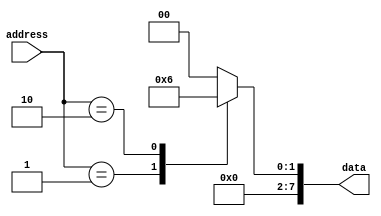
module rom (
    input [31:0] address,
    output reg [7:0] data
);

always @(*) begin
    case(address)
        5'b00000: data = 8'b00000000; //data stored at address 0
        5'b00001: data = 8'b00000001; //data stored at address 1
        5'b00010: data = 8'b00000010; //data stored at address 2
        //Add more cases for additional data entries in the ROM
        default: data = 8'b00000000; //default data output
    endcase
end

endmodule